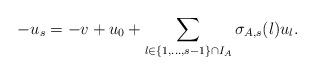
LaTeX: \begin{align*}-u_s = - v + u_0 + \sum_{l \in \{1,...,s-1\} \cap I_A } \sigma_{A , s} (l) u_l.\end{align*}